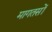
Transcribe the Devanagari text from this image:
मागतसों